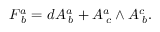
F _ { \; b } ^ { a } = d A _ { \; b } ^ { a } + A _ { \; c } ^ { a } \wedge A _ { \; b } ^ { c } .